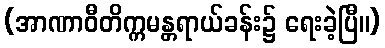
(အာဏာဝီတိက္ကမန္တရာယ်ခန်း၌ ရေးခဲ့ပြီ။)